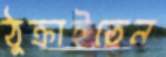
ঠুক্‌রাইতেন